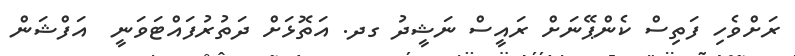
ރަށްވެހި ފަތިސް ކެންޕޭނަށް ރައީސް ނަޝީދު ގދ. އަތޮޅަށް ދަތުރުފައްޓަވަނީ  އަފްޝަން